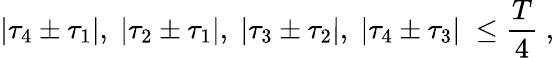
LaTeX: |{\tau}_{4}\pm{\tau}_{1}|,\; |{\tau}_{2}\pm{\tau}_{1}|,\; |{\tau}_{3}\pm{\tau}_{2}|,\; |{\tau}_{4}\pm{\tau}_{3}|\; \leq\frac{T}{4}\; ,